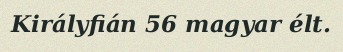
Királyfián 56 magyar élt.